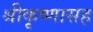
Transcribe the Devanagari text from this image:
श्रीकृष्णासह